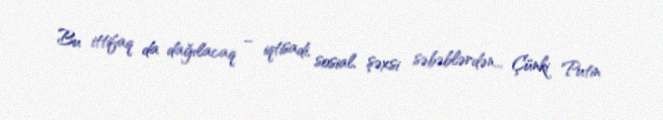
Bu ittifaq da dağılacaq – iqtisadi, sosial, şəxsi səbəblərdən... Çünki Putin